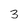
Character: 3